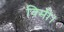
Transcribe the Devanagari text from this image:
विमी।